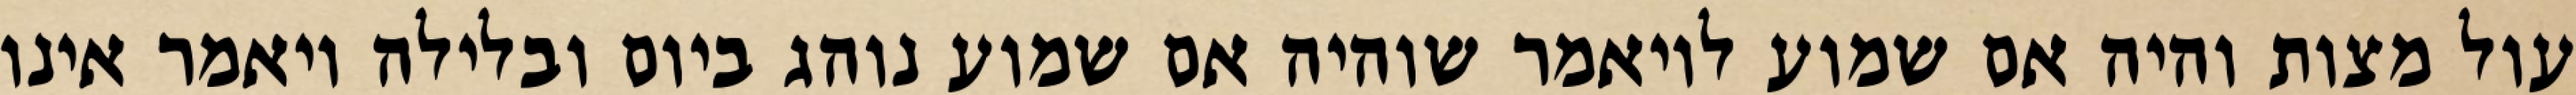
עול מצות והיה אם שמוע לויאמר שוהיה אם שמוע נוהג ביום ובלילה ויאמר אינו